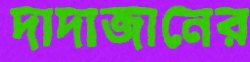
দাদাজানের